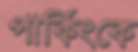
পার্কিংকে